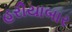
હરીયાબાર